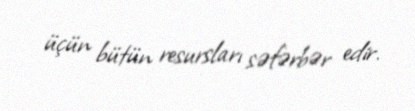
üçün bütün resursları səfərbər edir.